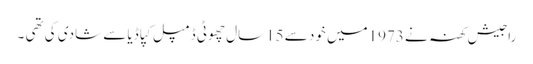
راجیش کھنہ نے 1973میں خود سے 15سال چھوٹی ڈمپل کپاڈیا سے شادی کی تھی ۔